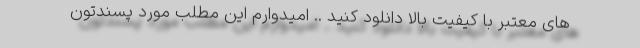
های معتبر با کیفیت بالا دانلود کنید .. امیدوارم این مطلب مورد پسندتون